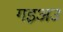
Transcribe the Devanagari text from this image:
गइअउ